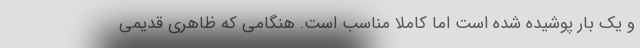
و یک بار پوشیده شده است اما کاملاً مناسب است. هنگامی که ظاهری قدیمی